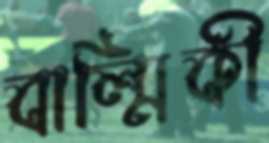
বাল্মিকী